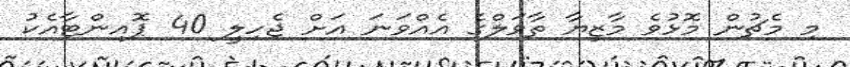
މި މެޗުން މޮޅުވެ މާޒިޔާ ތާވަލްގެ އެއްވަނަ އަށް ޖެހިލީ 40 ޕޮއިންޓާއެކު